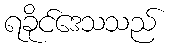
ရခိုင်ဒေသသည်